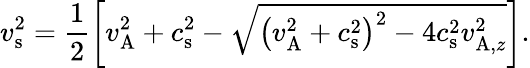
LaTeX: v_{\mathrm{s}}^{2}=\frac{1}{2}\left[v_{\mathrm{A}}^{2}+c_{\mathrm{s}}^{2}-\sqrt{\left(v_{\mathrm{A}}^{2}+c_{\mathrm{s}}^{2}\right)^{2}-4c_{\mathrm{s}}^{2}v_{\mathrm{A},z}^{2}}\right].